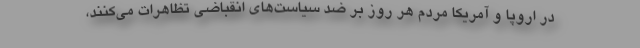
در اروپا و آمریکا مردم هر روز بر ضد سیاست‌های انقباضی تظاهرات می‌کنند،